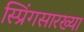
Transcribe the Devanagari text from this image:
स्प्रिंगसारख्या